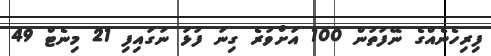
ފިރިހެނެއްގެ ނޭފަތުން 100 އަށްވުރެ ގިނަ ފުޅަ ނަގައިފި 21 މިނެޓް 49